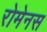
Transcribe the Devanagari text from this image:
रोमेनस